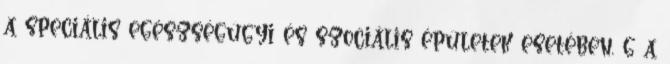
a speciális egészségügyi és szociális épületek esetében, g a